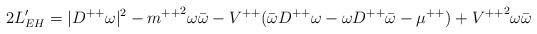
LaTeX: \begin{align*}2L'_{EH}=|{D^{++}\omega}|^2-{m^{++}}^2\omega\bar{\omega}-V^{++}(\bar{\omega}D^{++}\omega - \omega D^{++}\bar{\omega}- \mu^{++})+{V^{++}}^2\omega \bar{\omega}\end{align*}